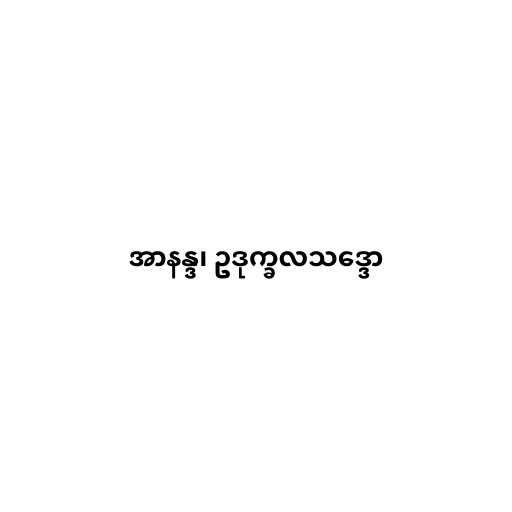
အာနန္ဒ၊ ဥဒုက္ခလသဒ္ဒော